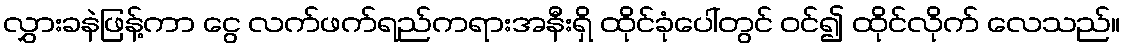
လွှားခနဲဖြန့်ကာ ငွေ လက်ဖက်ရည်ကရားအနီးရှိ ထိုင်ခုံပေါ်တွင် ဝင်၍ ထိုင်လိုက် လေသည်။